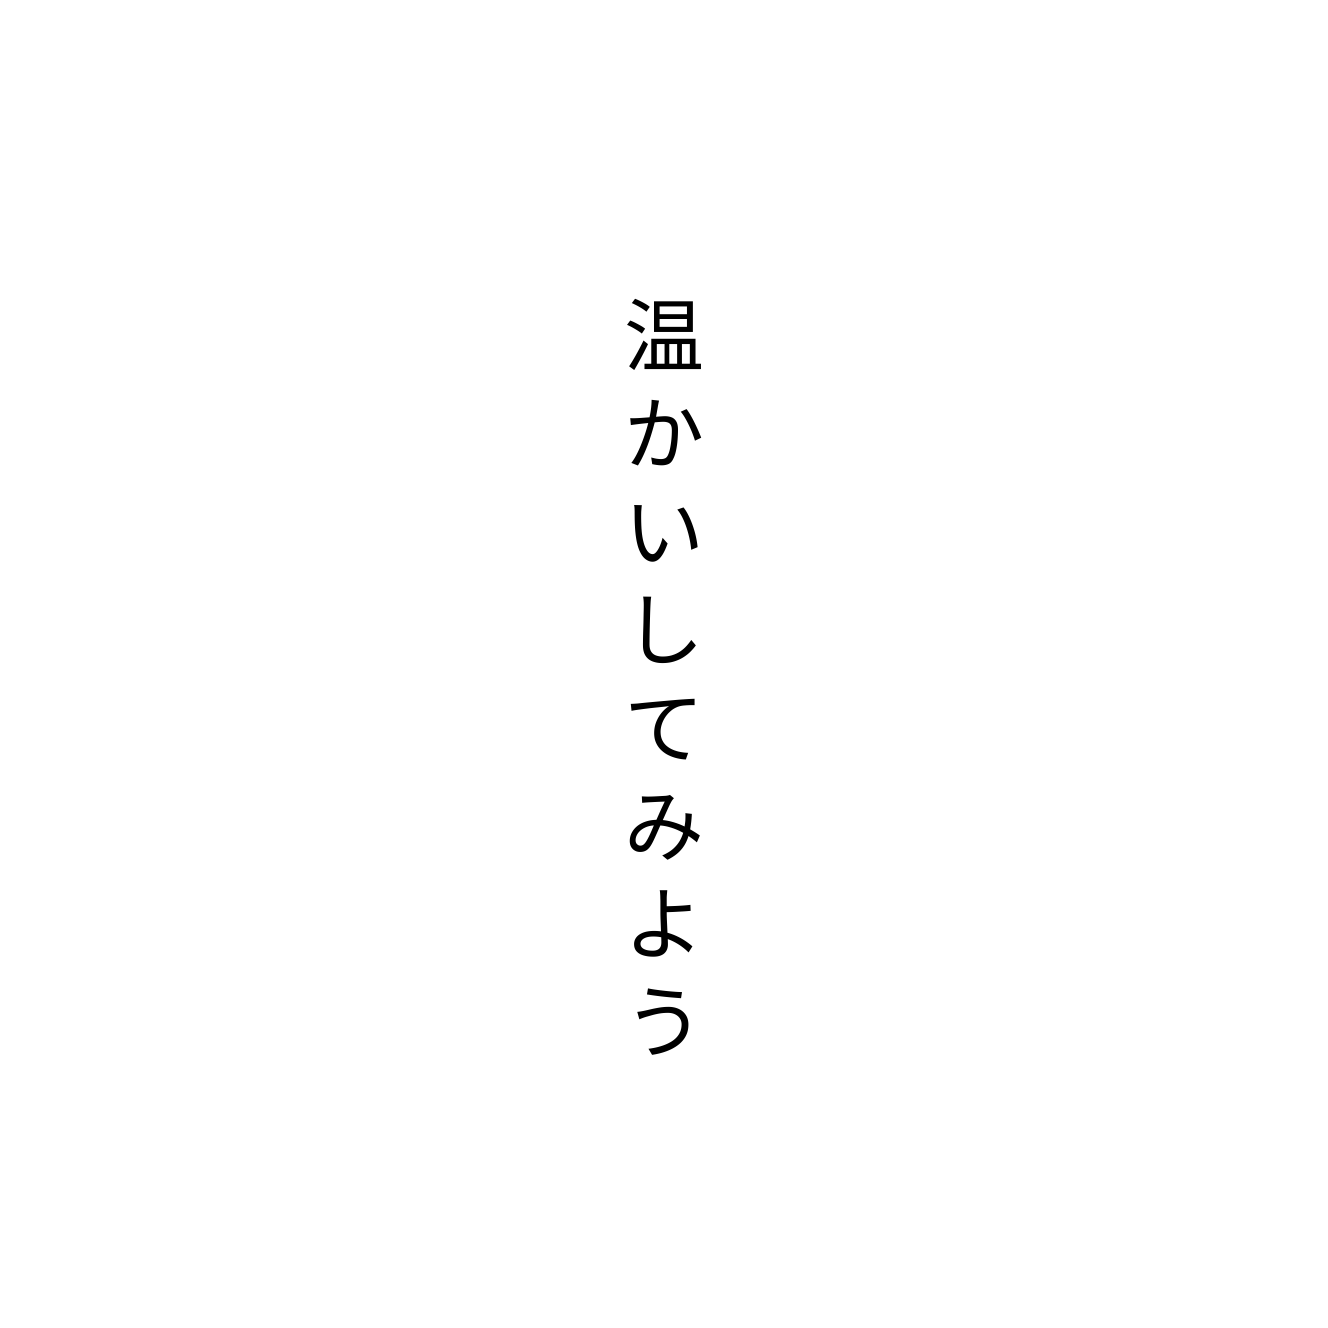
温かいしてみよう